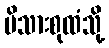
မိသားစုထံသို့